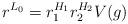
LaTeX: \begin{align*} r^{L_0} = r_1^{H_1}r_2^{H_2}V(g)\end{align*}